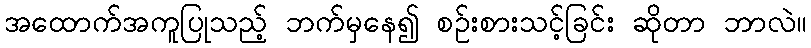
အထောက်အကူပြုသည့် ဘက်မှနေ၍ စဉ်းစားသင့်ခြင်း ဆိုတာ ဘာလဲ။